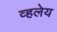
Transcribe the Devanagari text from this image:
व्हलेय